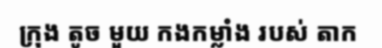
ក្រុង តូច មួយ កងកម្លាំង របស់ តាក